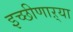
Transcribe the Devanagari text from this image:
इच्छीणाऱ्या